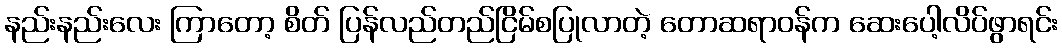
နည်းနည်းလေး ကြာတော့ စိတ် ပြန်လည်တည်ငြိမ်စပြုလာတဲ့ တောဆရာဝန်က ဆေးပေါ့လိပ်ဖွာရင်း